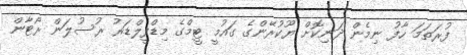
ފުރަތަމަ ހާފު ނިމެން ދަނިކޮށް ޔޫކުރޭންގެ ގައުމީ ޓީމްގެ މިޑްފީލްޑަރު ރުސުލަން ރޯޓާން